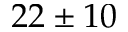
2 2 \pm 1 0